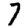
Digit: 7